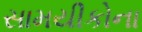
સામયીકોના